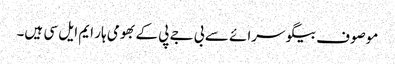
موصوف بیگو سرائے سے بی جے پی کے بھومی ہار ایم ایل سی ہیں۔